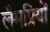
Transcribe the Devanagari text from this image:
लैमप्रियों